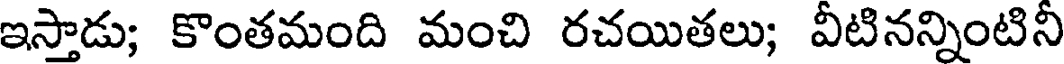
ఇస్తాడు; కొంతమంది మంచి రచయితలు; వీటినన్నింటినీ